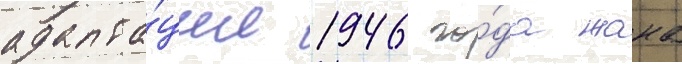
адапта́ции 1946 го́да жана